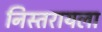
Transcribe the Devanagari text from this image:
निस्तरायला